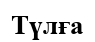
Түлға